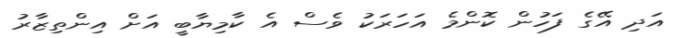
އަދި އޭގެ ފަހުން ކޮންމެ އަހަރަކު ވެސް އެ ކާމިޔާބީ އަށް އިންތިޒާރު